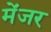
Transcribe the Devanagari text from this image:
मेंजर